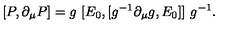
[ P , \partial _ { \mu } P ] = g \ [ E _ { 0 } , [ g ^ { - 1 } \partial _ { \mu } g , E _ { 0 } ] ] \ g ^ { - 1 } .